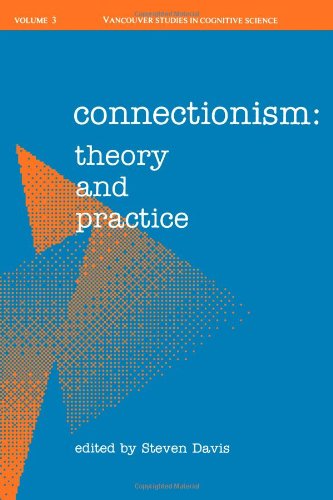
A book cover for Connectionism: Theory and Practice (Vancouver Studies in Cognitive Science); Business & Money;